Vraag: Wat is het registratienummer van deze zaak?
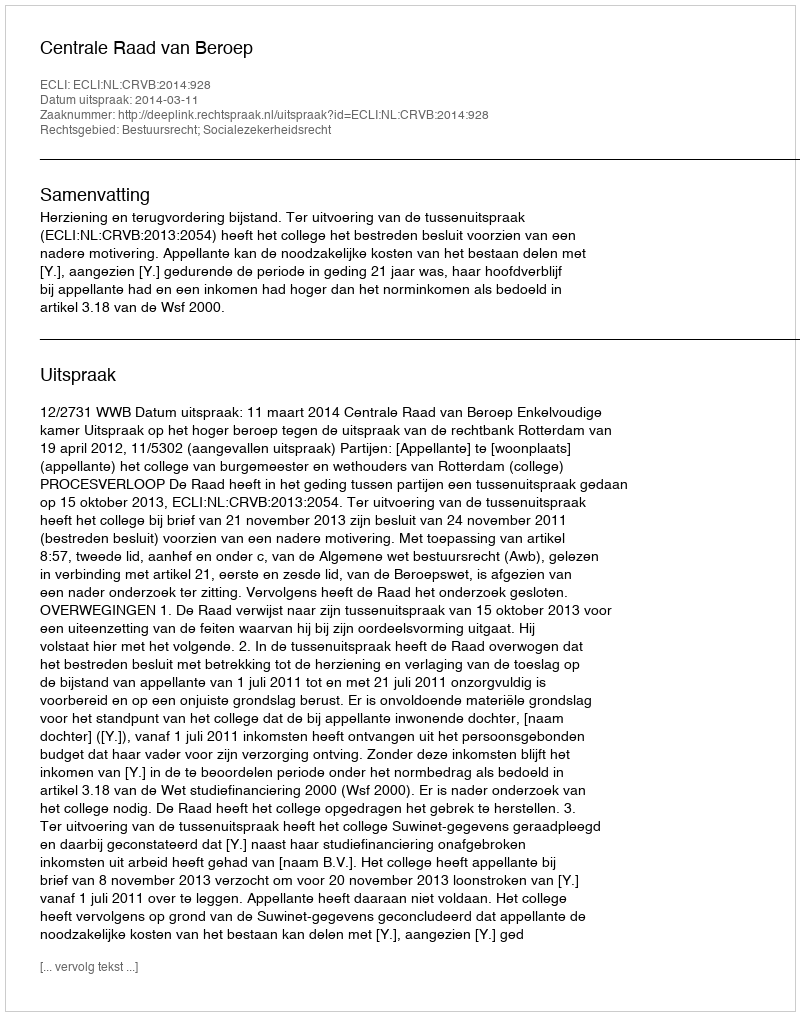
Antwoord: http://deeplink.rechtspraak.nl/uitspraak?id=ECLI:NL:CRVB:2014:928